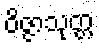
ဝိဇ္ဇာသုတ္တ